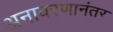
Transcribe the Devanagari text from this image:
अनावरणानंतर